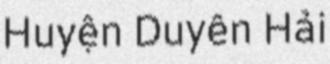
Huyện Duyên Hải